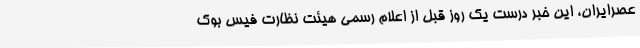
عصرایران، این خبر درست یک روز قبل از اعلام رسمی هیئت نظارت فیس بوک